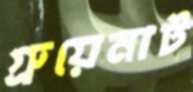
গ্রুয়েনাট